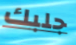
جلبك